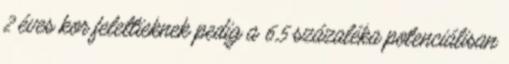
2 éves kor felettieknek pedig a 6,5 százaléka potenciálisan